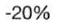
-20%